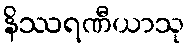
နိဿရဏီယာသု